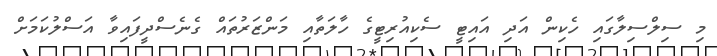
މި ސިލްސިލާގައި ހެކިން އަދި އައިޓީ ސެކިއުރިޓީގެ ހާލަތާއި މަންޒަރުތައް ގެނެސްދީފައިވާ އަސްލުކަމަށް